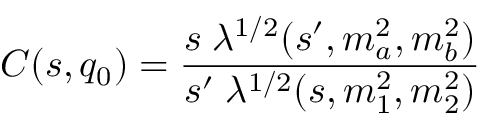
C ( s , q _ { 0 } ) = { \frac { s \; \lambda ^ { 1 / 2 } ( s ^ { \prime } , m _ { a } ^ { 2 } , m _ { b } ^ { 2 } ) } { s ^ { \prime } \; \lambda ^ { 1 / 2 } ( s , m _ { 1 } ^ { 2 } , m _ { 2 } ^ { 2 } ) } }